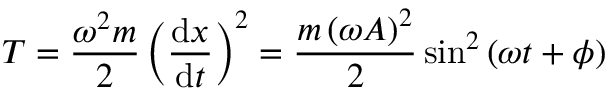
T = { \frac { \omega ^ { 2 } m } { 2 } } \left( { \frac { \mathrm { d } x } { \mathrm { d } t } } \right) ^ { 2 } = { \frac { m \left( \omega A \right) ^ { 2 } } { 2 } } \sin ^ { 2 } \left( \omega t + \phi \right)